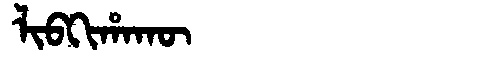
Manchu: ᠯᡳᠪᡴᡳᡥᠠᡴᡡ
Romanization: LIBKIHAKŪ